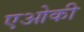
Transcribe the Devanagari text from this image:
एओकी